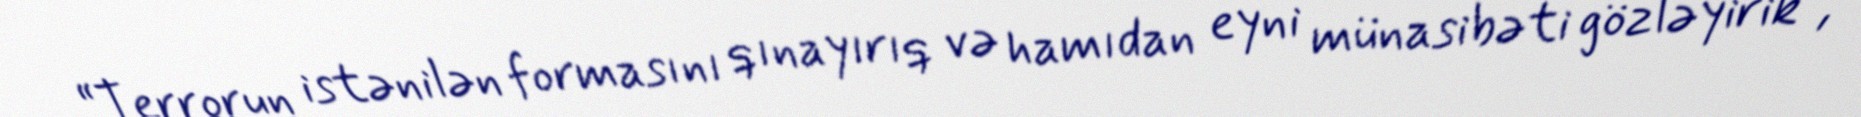
“Terrorun istənilən formasını qınayırıq və hamıdan eyni münasibəti gözləyirik”,